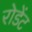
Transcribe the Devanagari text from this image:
रोडेंट